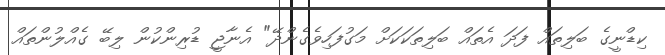
ކިޑްނީގެ ބަލިތައް ފަދަ އެތައް ބަލިތަކަކަށް މަގުފަހިވެގެންދޭ" އެނާޖީ ޑުރިންކުން ލިބޭ ގެއްލުންތައް